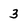
Character: 3